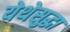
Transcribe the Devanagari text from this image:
येथेसुद्धा